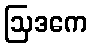
ဩဒကေ